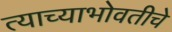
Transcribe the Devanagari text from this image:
त्याच्याभोवतीचे